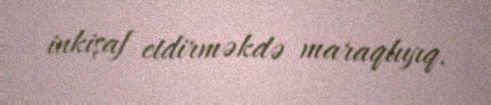
inkişaf etdirməkdə maraqlıyıq.